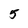
Character: 5